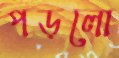
পড়লো